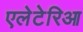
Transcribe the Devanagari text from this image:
एलेटेरिआ